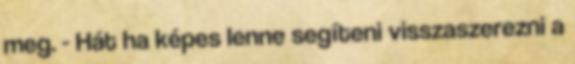
meg. - Hát ha képes lenne segíteni visszaszerezni a